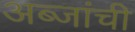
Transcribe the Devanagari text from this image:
अब्जांची